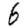
Digit: 6